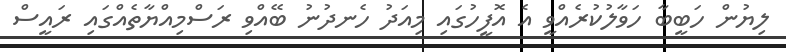
ލިޔުން ހަބީބާ ހަވާލުކުރެއްވީ އެ އޮފީހުގައި މިއަދު ހެނދުނު ބޭއްވި ރަސްމިއްޔާތެއްގައި ރައީސް